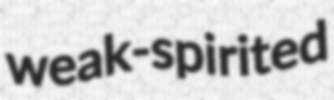
weak-spirited